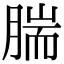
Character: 腨